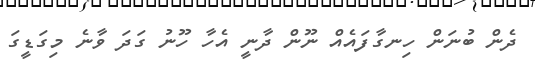
ދެން ބުނަން ހިނގާފައެއް ނޫން ދާނީ އެހާ ހޫނު ގަދަ ވާނެ މިގަޑީގަ